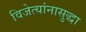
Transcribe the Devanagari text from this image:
विजेत्यांनासुद्धा